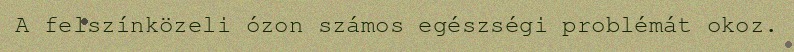
A felszínközeli ózon számos egészségi problémát okoz.